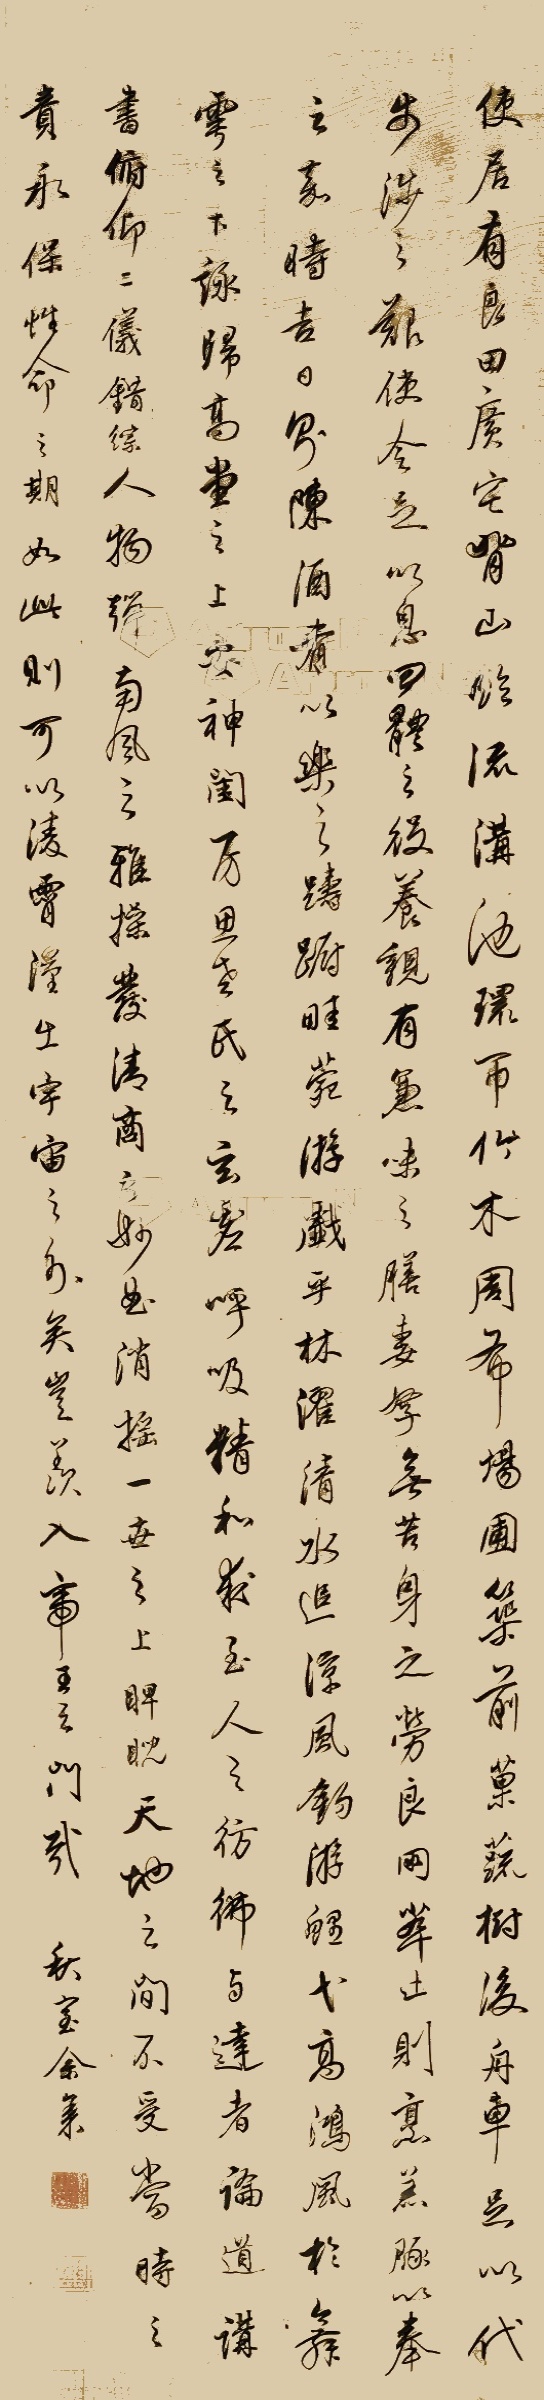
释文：使居有良田广宅，背山临流，沟池环匝，竹木周布。场圃筑前，果蔬树后。舟车足以代步涉之艰，使令足以息四体之役。养亲有兼味之膳，妻孥无苦身之劳。良朋萃止，则烹羔豚以奉之，嘉时吉日，陈酒肴以乐之。踌躇畦苑，游戏平林，濯清水，追凉风，钓游鲤，弋高鸿。风于舞雩之下，咏归高堂之上。安神闺房，思老氏之玄虚。呼吸精和，求至人之仿佛。与达者论道讲书，俯仰二仪，错综人物。弹南风之雅操，发清商之妙曲。消遥一世之上，睥睨天地之间。不受当时之责，永保性命之期。如是，则可以凌宵汉出宇宙之外矣，岂羡入帝王之门哉。秋室余集。